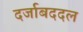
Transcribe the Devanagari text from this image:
दर्जाबददल